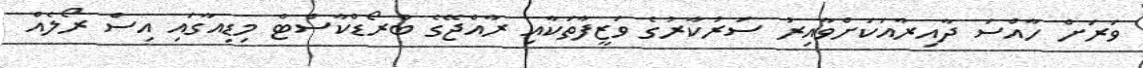
ވަރަށް ހާއްސަ ދާއިރާއަކަށްވާއިރު ސަރުކާރުގެ ވަޒީފާތަކާއި ރާއްޖޭގެ ބްރޯޑްކާސްޓް މިޑިއާގައި އިސް ރޯލެއް